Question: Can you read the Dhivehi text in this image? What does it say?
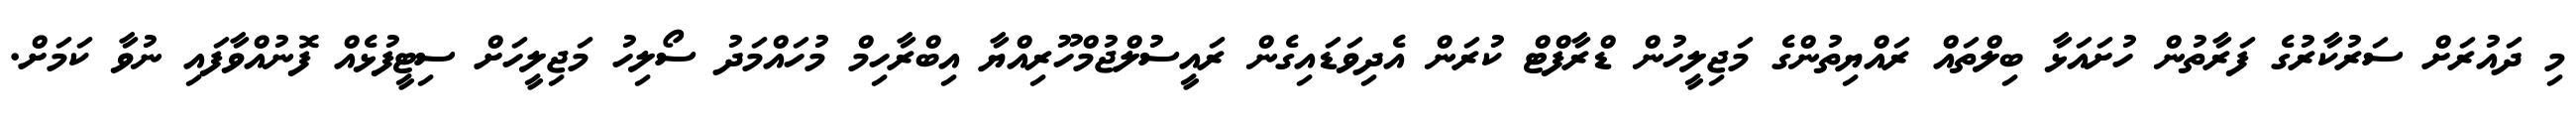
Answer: މި ދައުރަށް ސަރުކާރުގެ ފަރާތުން ހުށައަޅާ ބިލްތައް ރައްޔިތުންގެ މަޖިލީހުން ޑްރާފްޓް ކުރަން އެދިވަޑައިގެން ރައީސުލްޖުމްހޫރިއްޔާ އިބްރާހިމް މުހައްމަދު ސޯލިހު މަޖިލީހަށް ސިޓީފުޅެއް ފޮނުއްވާފައި ނުވާ ކަމަށް.